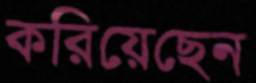
করিয়েছেন